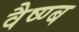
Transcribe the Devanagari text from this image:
वैष्ण्ब